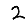
Digit: 2